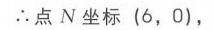
$\therefore 点\ N坐标\ (6,0),$